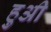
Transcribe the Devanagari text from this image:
हुअी